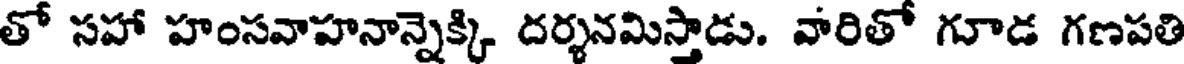
తో సహా హంసవాహనాన్నెక్కి దర్శనమిస్తాడు. వారితో గూడ గణపతి